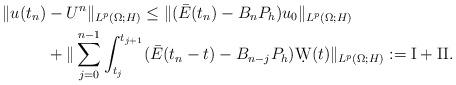
LaTeX: \begin{align*}\| u(t_n) &- U^{n}\|_{L^{p}(\Omega;H)} \leq \|( \bar E(t_n) - B_nP_h) u_0 \|_{L^p(\Omega;H)} \\ & + \|\sum_{j=0}^{n-1}\int_{t_j}^{t_{j+1}}(\bar{E}(t_n-t)-B_{n-j}P_h)\d W(t) \|_{L^p(\Omega;H)}:= {\rm I} + {\rm II}.\end{align*}